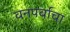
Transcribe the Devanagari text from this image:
वनपर्वाचा